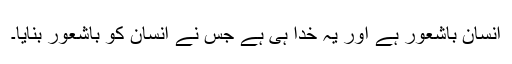
انسان باشعور ہے اور یہ خدا ہی ہے جس نے انسان کو باشعور بنایا۔